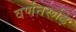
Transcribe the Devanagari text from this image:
वर्णनरूढ़ि